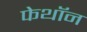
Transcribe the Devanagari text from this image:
फेथॉन